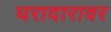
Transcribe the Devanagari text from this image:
घरादारावर